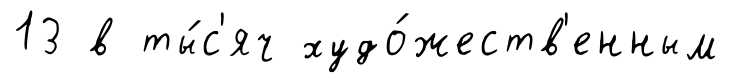
13 в ты́с'яч худо́жеств'енным